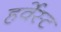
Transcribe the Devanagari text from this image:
हर्वेस्ट